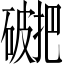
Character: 𥖖